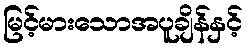
မြင့်မားသောအပူချိန်နှင့်